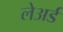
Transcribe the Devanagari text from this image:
लेअर्ड